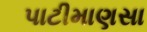
પાટીમાણસા